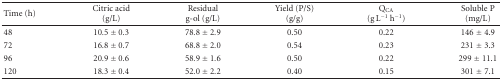
| Time (h) | Citric acid (g/L) | Residual g-ol (g/L) | Yield (P/S) (g/g) | QCA (g L−1 h−1) | Soluble P (mg/L) |
 | --- | --- | --- | --- | --- | --- |
 | 48 | 10.5 ± 0.3 | 78.8 ± 2.9 | 0.50 | 0.22 | 146 ± 4.9 |
 | 72 | 16.8 ± 0.7 | 68.8 ± 2.0 | 0.54 | 0.23 | 231 ± 3.3 |
 | 96 | 20.9 ± 0.6 | 58.9 ± 1.6 | 0.50 | 0.22 | 299 ± 11.1 |
 | 120 | 18.3 ± 0.4 | 52.0 ± 2.2 | 0.40 | 0.15 | 301 ± 7.1 |